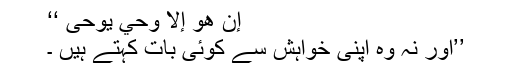
إِنْ هُوَ إِلَّا وَحْيٌ يُوحَىٰ ‘‘
’’اور نہ وه اپنی خواہش سے کوئی بات کہتے ہیں ۔